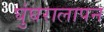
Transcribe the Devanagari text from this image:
घुंघरालापन